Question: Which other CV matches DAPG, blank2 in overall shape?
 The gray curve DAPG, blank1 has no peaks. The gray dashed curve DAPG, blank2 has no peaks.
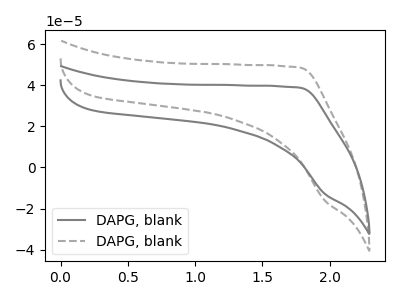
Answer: <think>Neither "DAPG, blank1" or "DAPG, blank2" have any peaks.
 </think>
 <answer>The CV with the most similar shape to "DAPG, blank1" is "DAPG, blank2".</answer>
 <eval>"DAPG, blank2"</eval>